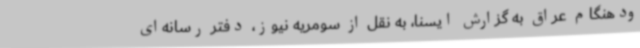
ودهنگام عراق به گزارش ایسنا، به نقل از سومریه نیوز، دفتر رسانه‌ای